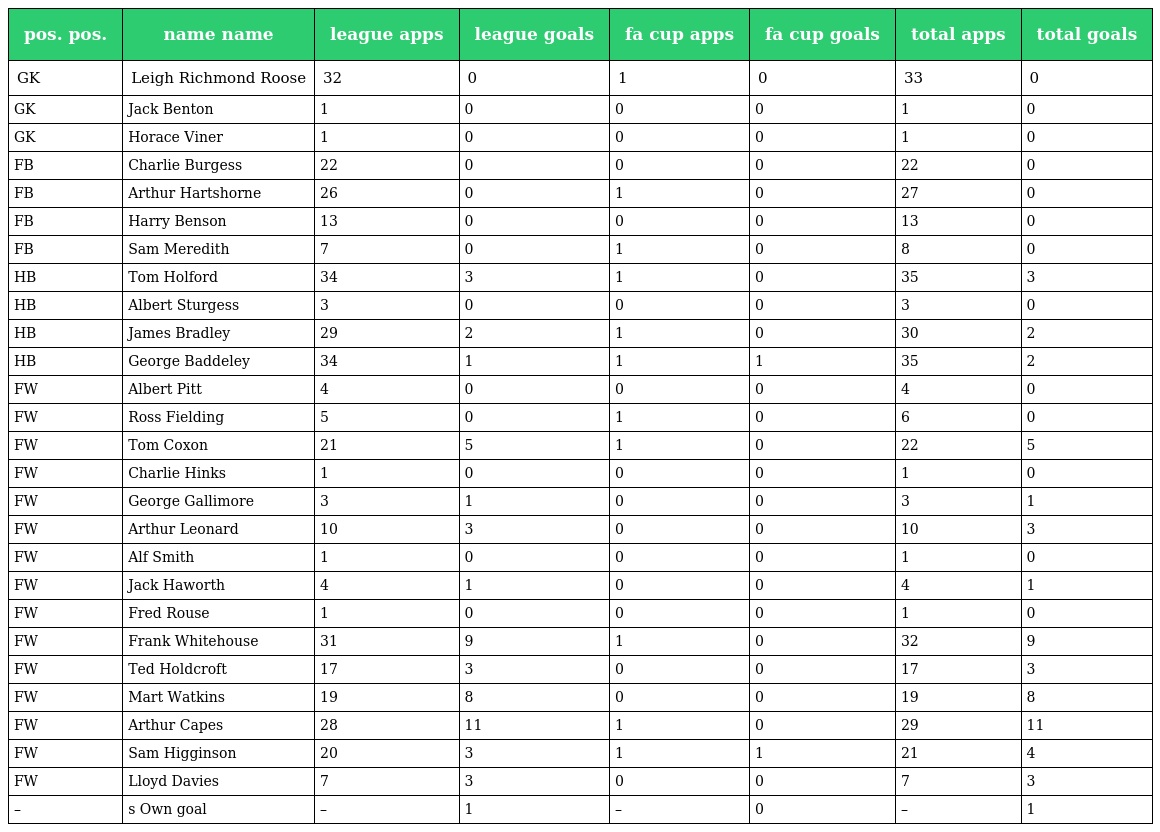
| pos. pos. | name name | league apps | league goals | fa cup apps | fa cup goals | total apps | total goals |
 | --- | --- | --- | --- | --- | --- | --- | --- |
 | GK | Leigh Richmond Roose | 32 | 0 | 1 | 0 | 33 | 0 |
 | GK | Jack Benton | 1 | 0 | 0 | 0 | 1 | 0 |
 | GK | Horace Viner | 1 | 0 | 0 | 0 | 1 | 0 |
 | FB | Charlie Burgess | 22 | 0 | 0 | 0 | 22 | 0 |
 | FB | Arthur Hartshorne | 26 | 0 | 1 | 0 | 27 | 0 |
 | FB | Harry Benson | 13 | 0 | 0 | 0 | 13 | 0 |
 | FB | Sam Meredith | 7 | 0 | 1 | 0 | 8 | 0 |
 | HB | Tom Holford | 34 | 3 | 1 | 0 | 35 | 3 |
 | HB | Albert Sturgess | 3 | 0 | 0 | 0 | 3 | 0 |
 | HB | James Bradley | 29 | 2 | 1 | 0 | 30 | 2 |
 | HB | George Baddeley | 34 | 1 | 1 | 1 | 35 | 2 |
 | FW | Albert Pitt | 4 | 0 | 0 | 0 | 4 | 0 |
 | FW | Ross Fielding | 5 | 0 | 1 | 0 | 6 | 0 |
 | FW | Tom Coxon | 21 | 5 | 1 | 0 | 22 | 5 |
 | FW | Charlie Hinks | 1 | 0 | 0 | 0 | 1 | 0 |
 | FW | George Gallimore | 3 | 1 | 0 | 0 | 3 | 1 |
 | FW | Arthur Leonard | 10 | 3 | 0 | 0 | 10 | 3 |
 | FW | Alf Smith | 1 | 0 | 0 | 0 | 1 | 0 |
 | FW | Jack Haworth | 4 | 1 | 0 | 0 | 4 | 1 |
 | FW | Fred Rouse | 1 | 0 | 0 | 0 | 1 | 0 |
 | FW | Frank Whitehouse | 31 | 9 | 1 | 0 | 32 | 9 |
 | FW | Ted Holdcroft | 17 | 3 | 0 | 0 | 17 | 3 |
 | FW | Mart Watkins | 19 | 8 | 0 | 0 | 19 | 8 |
 | FW | Arthur Capes | 28 | 11 | 1 | 0 | 29 | 11 |
 | FW | Sam Higginson | 20 | 3 | 1 | 1 | 21 | 4 |
 | FW | Lloyd Davies | 7 | 3 | 0 | 0 | 7 | 3 |
 | – | s Own goal | – | 1 | – | 0 | – | 1 |